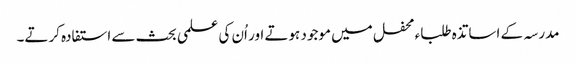
مدرسہ کے اساتذہ طلباء محفل میں موجود ہوتے اور اُن کی علمی بحث سے استفادہ کرتے۔